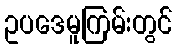
ဥပဒေမူကြမ်းတွင်